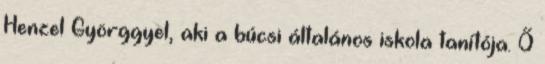
Henzel Györggyel, aki a búcsi általános iskola tanítója. Ő